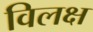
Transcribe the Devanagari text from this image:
विलक्ष